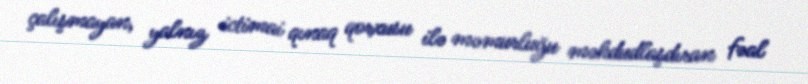
çalışmayan, yalnız ictimai qınaq qorxusu ilə məmurluğu məhdudlaşdıran fəal